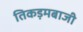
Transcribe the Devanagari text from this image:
तिकड़मबाजी